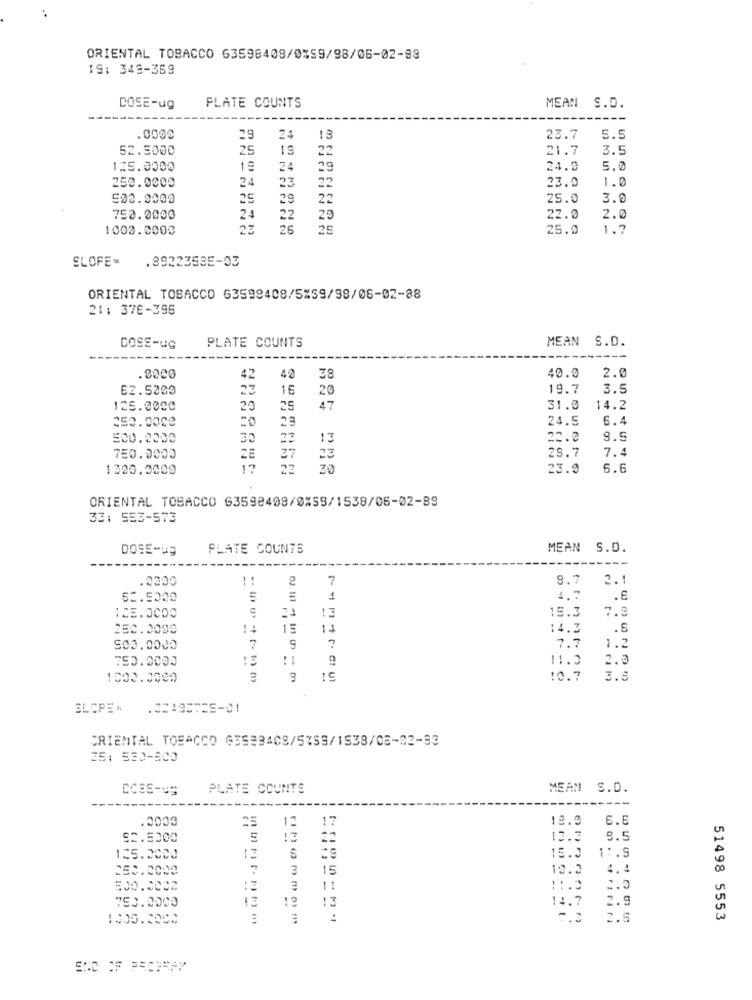
ORIENTAL TOBACCO 63598408/0%59/98/06-02-89
19: 349-359
PLATE COUNTS
DOSE-ug
MEAN S.D.
.0000
25
24
13
23.7
5.5
52.5000
25
19
22
21.7
3.5
125.0000
19
24
29
24.0
5.0
24
23
22
1.0
250.0000
23.0
502.9000
25
29
22
25.0
3.0
750.0009
24
22
20
22.0
2.0
1003.0000
23
26
25
25.0
1.7
SLOFE-
.892235BE-03
ORIENTAL TOBACCO G3598408/5%59/98/06-02-88
21: 378-396
PLATE COUNTS
MEAN S.D.
DOSE-UG
.0000
42
40
38
40.0
2.0
62.5200
16
20
19.7
3.5
125.0000
20
25
47
31.0
14.2
252.0000
28
24.5
6.4
500.2230
30
13
22.0
9.5
37
23
28.7
7.4
750.0000
1300.5000
17
22
35
23.9
6.6
ORIENTAL TOBACCO 63598408/0%59/1538/05-02-89
33: 553-573
DOSE-US
PLATE COUNTS
MEAN S.D.
.2000
7
8.7
2.1
1
4.7
15.3
7.8
1CE.0000
24
13
250.0098
14
15
11
14.3
.8
500.0000
7
9
?
7.7
1.2
750.0000
11.3
2.0
1000.0009
15
10.7
3.8
ORIENTAL TOBACCO 63593408/57SB/1538/08-02-33
25: 530-800
PLATE COUNTS
MEAN S.D.
.2003
25
12
17
19.0
6.5
52.5000
22
13.3
9.5
12
15.3
1 :. S
125.0000
250.0002
7
15
10.2
4.
:3
11
::. 3
750.0000
13
14.7
2.9
13
:
2.6
51498 5553